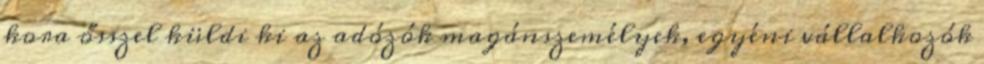
kora ősszel küldi ki az adózók magánszemélyek, egyéni vállalkozók